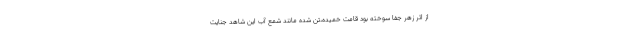
از اثر زهر جفا سوخته بود قامت خمیده،تن شده مانند شمع آب این شاهد جنایت